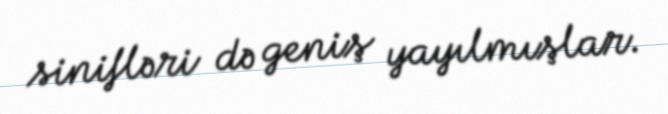
sinifləri də geniş yayılmışlar.